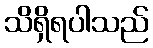
သိရှိရပါသည်